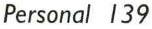
Personal 139